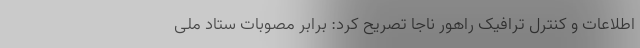
اطلاعات و کنترل ترافیک راهور ناجا تصریح کرد: برابر مصوبات ستاد ملی